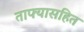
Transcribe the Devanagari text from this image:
ताफ्यासहित